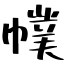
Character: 幞